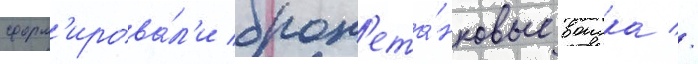
сформ'ирова́л'и брон'ета́нковые воиска //